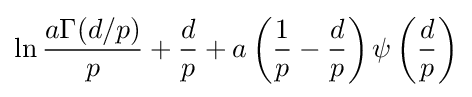
\ln {\frac {a\Gamma (d/p)}{p}}+{\frac {d}{p}}+a\left({\frac {1}{p}}-{\frac {d}{p}}\right)\psi \left({\frac {d}{p}}\right)